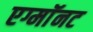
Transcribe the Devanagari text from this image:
एग्माॅनट